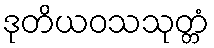
ဒုတိယဝသသုတ္တံ